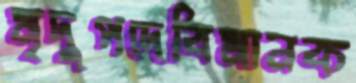
মৃদুপদেবিমানক